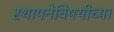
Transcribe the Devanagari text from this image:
स्थापनेविषयीच्या